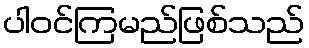
ပါဝင်ကြမည်ဖြစ်သည်